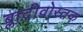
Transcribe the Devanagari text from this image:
ब्लादीवोस्तक